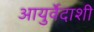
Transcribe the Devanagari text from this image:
आयुर्वेदाशी